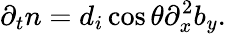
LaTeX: \partial_{t}n=d_{i}\cos\theta\partial_{x}^{2}b_{y}.